Annual report of the Imperial Bacteriologist
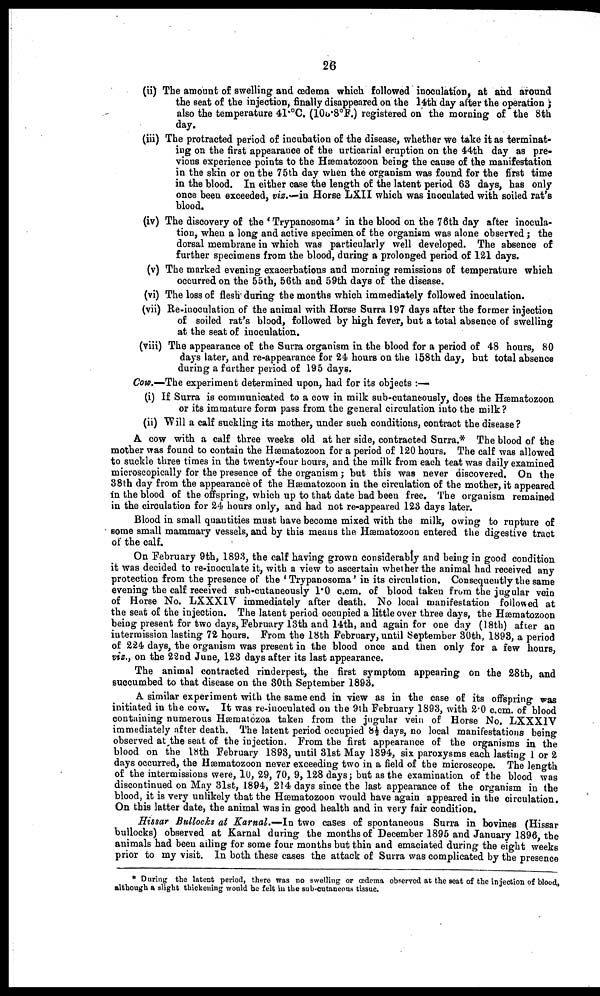
26
(ii) The amount of swelling and œdema which followed inoculation, at and around
the seat of the injection, finally disappeared on the 14th day after the operation ;
also the temperature 41.°C. (103.8°F.) registered on the morning of the 8th
day.
(iii) The protracted period of incubation of the disease, whether we take it as terminat-
ing on the first appearance of the urticarial eruption on the 44th day as pre-
vious experience points to the Hæmatozoon being the cause of the manifestation
in the skin or on the 75 th day when the organism was found for the first time
in the blood. In either case the length of the latent period 63 days, has only
once been exceeded, viz.—in Horse LXII which was inoculated with soiled rat's
blood.
(iv) The discovery of the 'Trypanosoma' in the blood on the 76th day after inocula-
tion, when a long and active specimen of the organism was alone observed; the
dorsal membrane in which was particularly well developed. The absence of
further specimens from the blood, during a prolonged period of 121 days.
(v) The marked evening exacerbations and morning remissions of temperature which
occurred on the 55th, 56th and 59th days of the disease.
(vi) The loss of flesh during the months which immediately followed inoculation.
(vii) Re-inoculation of the animal with Horse Surra 197 days after the former injection
of soiled rat's blood, followed by high fever, but a total absence of swelling
at the seat of inoculation.
(viii) The appearance of the Surra organism in the blood for a period of 48 hours, 80
days later, and re-appearance for 24 hours on the 158th day, but total absence
during a further period of 195 days.
Cow.—The experiment determined upon, had for its objects :-—
(i) If Surra is communicated to a cow in milk sub-cutaneously, does the Hæmatozoon
or its immature form pass from the general circulation into the milk ?
(ii) Will a calf suckling its mother, under such conditions, contract the disease ?
A cow with a calf three weeks old at her side, contracted Surra.* The blood of the
mother was found to contain the Hæmatozoon for a period of 120 hours. The calf was allowed
to suckle three times in the twenty-four hours, and the milk from each teat was daily examined
microscopically for the presence of the organism; but this was never discovered. On the
38th day from the appearance of the Hæmatozoon in the circulation of the mother, it appeared
in the blood of the offspring, which up to that date had been free. The organism remained
in the circulation for 24 hours only, and had not re-appeared 123 days later.
Blood in small quantities must have become mixed with the milk, owing to rupture of
some small mammary vessels, and by this means the Hæmatozoon entered the digestive tract
of the calf.
On February 9th, 1893, the calf having grown considerably and being in good condition
it was decided to re-inoculate it, with a view to ascertain whether the animal had received any
protection from the presence of the 'Trypanosoma' in its circulation. Consequently the same
evening the calf received sub-cutaneously 1.0 c.cm. of blood taken from the jugular vein
of Horse No. LXXXIV immediately after death. No local manifestation followed at
the seat of the injection. The latent period occupied a little over three days, the Hæmatozoon
being present for two days, February 13th and 14th, and again for one day (18th) after an
intermission lasting 72 hours. From the 18th February, until September 30th, 1893, a period
of 224 days, the organism was present in the blood once and then only for a few hours,
viz., on the 22nd June, 123 days after its last appearance.
The animal contracted rinderpest, the first symptom appearing on the 28th, and
succumbed to that disease on the 30th September 1893.
A similar experiment with the same end in view as in the case of its offspring was
initiated in the cow. It was re-inoculated on the 9th February 1893, with 2.0 c.cm. of blood
containing numerous Hæmatozoa taken from the jugular vein of Horse No. LXXXIV
immediately after death. The latent period occupied 8½ days, no local manifestations being
observed at the seat of the injection. From the first appearance of the organisms in the
blood on the 18th February 1893, until 31st May 1894, six paroxysms each lasting 1 or 2
days occurred, the Hæmatozoon never exceeding two in a field of the microscope. The length
of the intermissions were, 10, 29, 70, 9, 128 days; but as the examination of the blood was
discontinued on May 31st, 1894, 214 days since the last appearance of the organism in the
blood, it is very unlikely that the Hæmatozoon would have again appeared in the circulation.
On this latter date, the animal was in good health and in very fair condition.
Hissar Bullocks at Karnal.-—In two cases of spontaneous Surra in bovines (Hissar
bullocks) observed at Karnal during the months of December 1895 and January 1896, the
animals had been ailing for some four months but thin and emaciated during the eight weeks
prior to my visit. In both these cases the attack of Surra was complicated by the presence
* During the latent period, there was no swelling or œdema observed at the seat of the injection of blood,
although a slight thickening would be felt in the sub-cutaneous tissue.